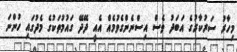
މިހާރު ސަރުކާރުގެ އަބަދު ވެސް އިސްނެންގެވުމެއް އެއީ ދޭދޭ ގައުމުތަކުގެ މެދުގައި ހުންނަ